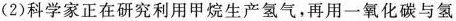
(2)科学家正在研究利用甲烷生产氢气，再用一氧化碳与氢